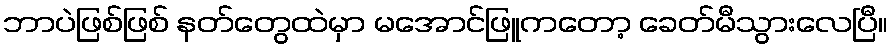
ဘာပဲဖြစ်ဖြစ် နတ်တွေထဲမှာ မအောင်ဖြူကတော့ ခေတ်မီသွားလေပြီ။